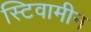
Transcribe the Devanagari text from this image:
स्टिवामीन